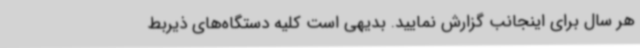
هر سال برای اینجانب گزارش نمایید. بدیهی است کلیه دستگاه‌های ذیربط